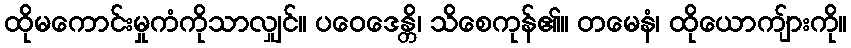
ထိုမကောင်းမှုကံကိုသာလျှင်။ ပဝေဒေန္တိ၊ သိစေကုန်၏။ တမေနံ၊ ထိုယောကျ်ားကို။